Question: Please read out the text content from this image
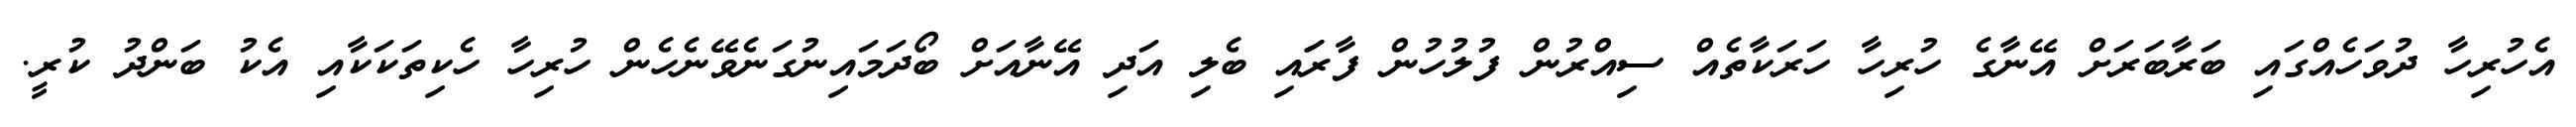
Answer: އެހުރިހާ ދުވަހެއްގައި ބަރާބަރަށް އޭނާގެ ހުރިހާ ހަރަކާތެއް ސިއްރުން ފުލުހުން ފާރަައި ބެލި އަދި އޭނާއަށް ބޯދަމައިނުގަނެވޭނެހެން ހުރިހާ ހެކިތަކަކާއި އެކު ބަންދު ކުރީ.